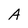
Character: A